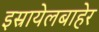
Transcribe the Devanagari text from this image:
इस्रायेलबाहेर